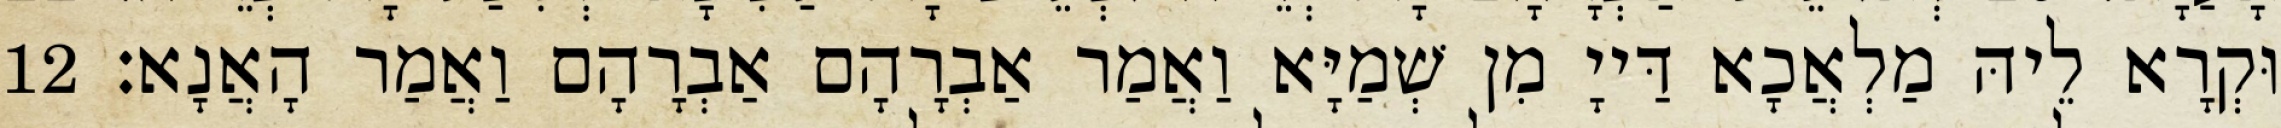
וּקְרָא לֵיהּ מַלְאֲכָא דַּייָ מִן שְׁמַיָּא וַאֲמַר אַבְרָהָם אַבְרָהָם וַאֲמַר הָאֲנָא׃ 12